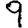
Digit: 9